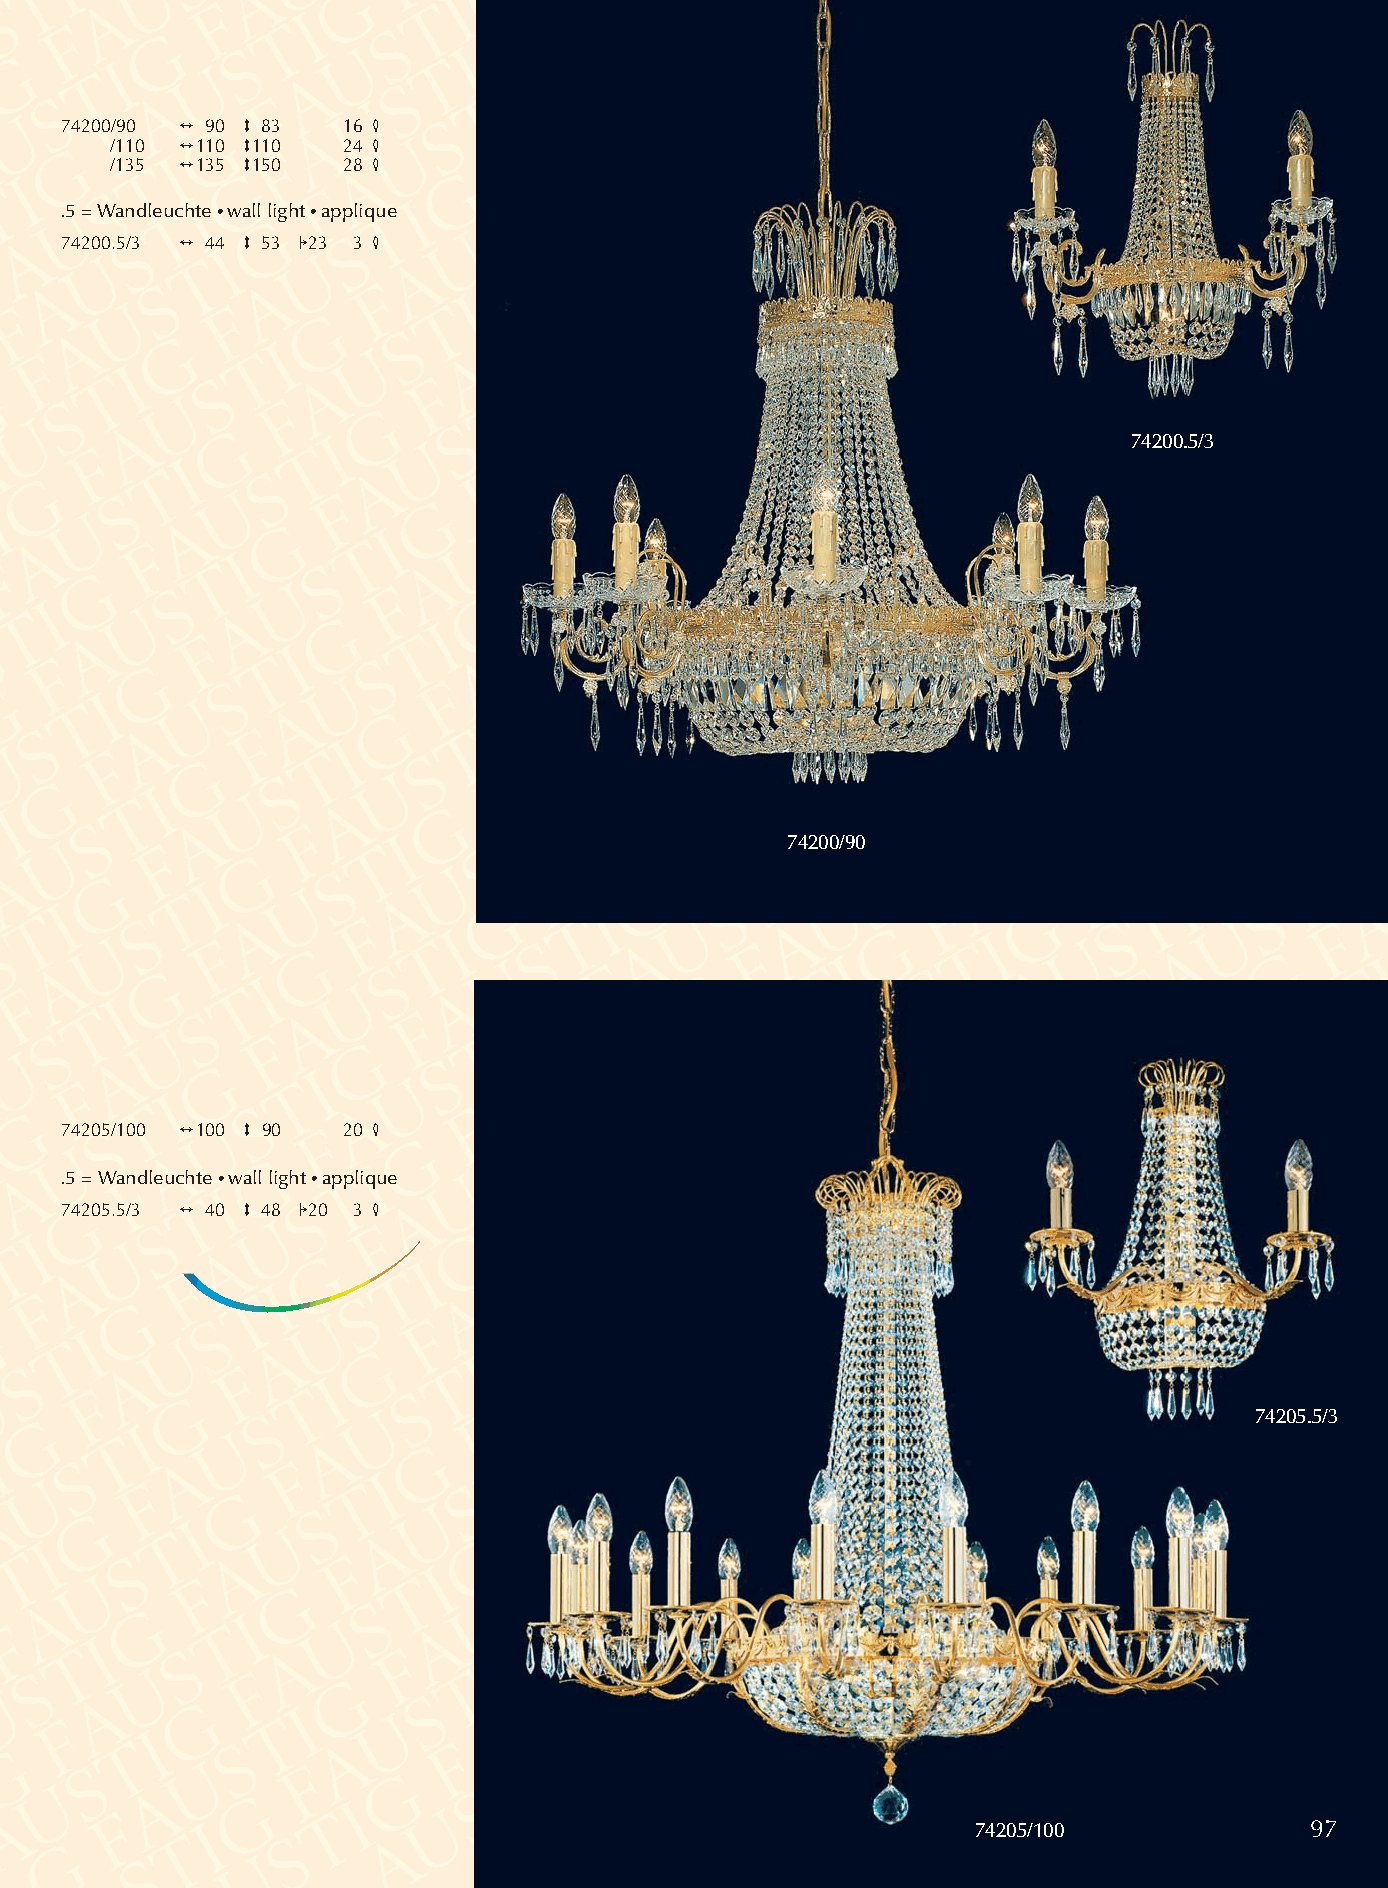
74200/90 2 90 3 83 16 4
 /110 2110 3110  24 4
 /135 2135 3150  28 4
 .5 = Wandleuchte •wall light •applique
 74200.5/3 2 44 3 53 123 3 4
 74200.5/3
 74200/90
 74205/100 2100 3 90 20 4
 .5 = Wandleuchte •wall light •applique
 74205.5/3 2 40 3 48 120 3 4
 74205.5/3
 74205/100             97